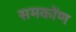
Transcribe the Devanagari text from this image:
समकोंण